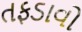
તફડાવો